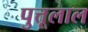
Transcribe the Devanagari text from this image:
पुत्तूलाल